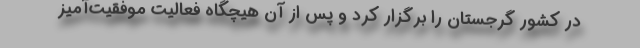
در کشور گرجستان را برگزار کرد و پس از آن هیچگاه فعالیت موفقیت‌آمیز